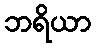
ဘရိယာ